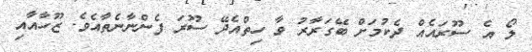
ލޯ އެ ސޫރައެއް ދެކުމަށް ބޭގަރާރު ވާ ހިތްއެދޭ ސޫރަ ފެންނާނެތާއެވެ. ޒޫހާއާއި